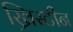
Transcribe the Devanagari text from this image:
ख्रिस्टीन